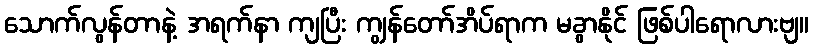
သောက်လွန်တာနဲ့ အရက်နာ ကျပြီး ကျွန်တော်အိပ်ရာက မခွာနိုင် ဖြစ်ပါရောလားဗျ။